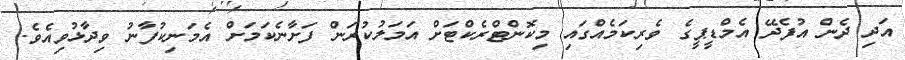
އަދި ދެން އުފެދޭ އެމްޑީޕީގެ ވެރިކަމެއްގައި މިކޮންޓްރެކްޓަށް އަމަލުކުރަން ފަށާނެކަމަށް އެމަނިކުފާނު ވިދާޅުވިއެވެ.